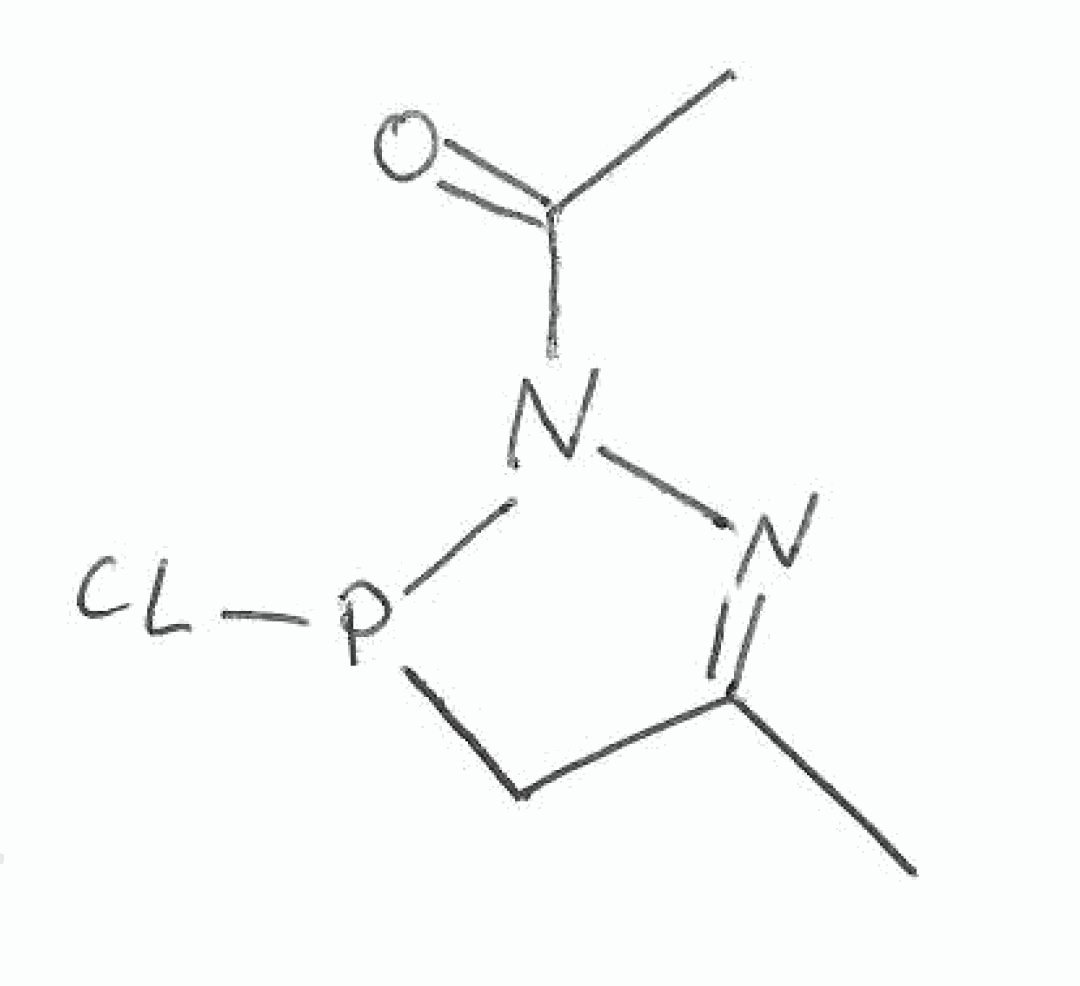
Simplified molecular-input line-entry system (SMILES) notation of the given molecule:
CC1=NN(P(C1)Cl)C(=O)C